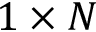
1 \times N